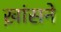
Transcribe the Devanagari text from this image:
ख़ांसने